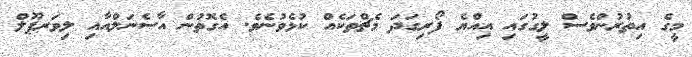
މީގެ އިތުރުންވެސް ލީގުގައި އިއްޔެ ފޯރިގަދަ މެޗްތަކެއް ކުޅެވުނެވެ. އެގޮތުން އާސެނަލްއާއި ލިވަރޕޫލް